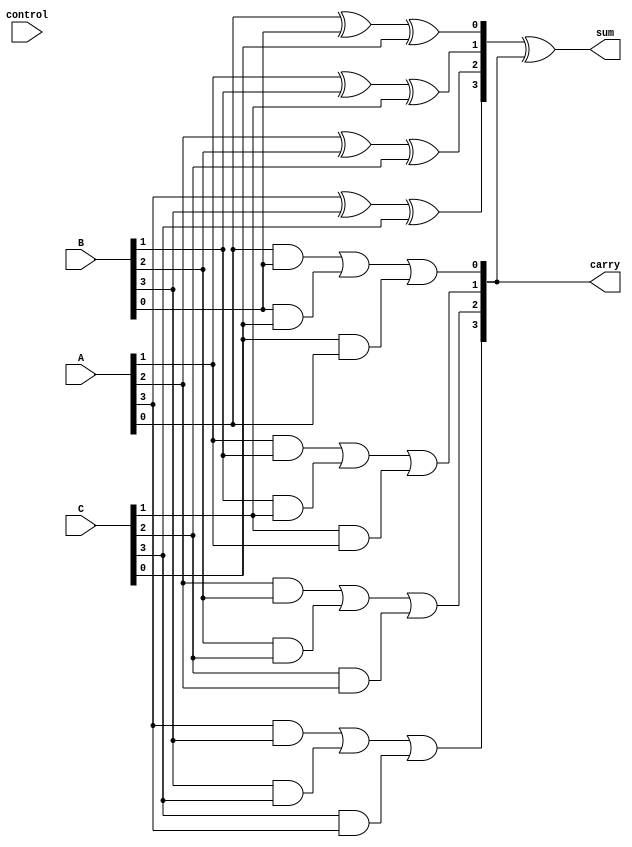
module CarrySaveAdder #(parameter WIDTH = 4, // Width of input numbers
                        parameter NUM_INPUTS = 3) // Number of inputs (A, B, C)
(
    input  [WIDTH-1:0] A, // Input A
    input  [WIDTH-1:0] B, // Input B
    input  [WIDTH-1:0] C, // Input C
    input  [1:0] control, // Control signal for operation mode
    output [WIDTH-1:0] sum, // Final sum output
    output [WIDTH-1:0] carry // Final carry output
);

// Internal wires for partial sums and carries
wire [WIDTH-1:0] partial_sum [0:NUM_INPUTS-1];
wire [WIDTH-1:0] partial_carry [0:NUM_INPUTS-1];

// Generate partial sums and carries using full adders
genvar i;
generate
    for (i = 0; i < WIDTH; i = i + 1) begin : CSA
        // Full adder logic for each bit
        assign partial_sum[0][i] = A[i] ^ B[i] ^ C[i]; // Sum = A ^ B ^ C
        assign partial_carry[0][i] = (A[i] & B[i]) | (B[i] & C[i]) | (C[i] & A[i]); // Carry = A & B + B & C + C & A
    end
endgenerate

// Final stage adder (Ripple Carry Adder) to combine sums and carries
wire [WIDTH-1:0] final_sum;
wire [WIDTH-1:0] final_carry;

assign final_sum = partial_sum[0] ^ partial_carry[0]; // Final sum
assign final_carry = partial_carry[0]; // Final carry

// Output assignments
assign sum = final_sum;
assign carry = final_carry;

endmodule